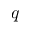
q